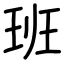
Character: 班